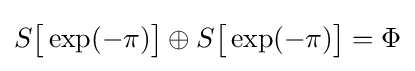
S{\bigl [}\exp(-\pi ){\bigr ]}\oplus S{\bigl [}\exp(-\pi ){\bigr ]}=\Phi